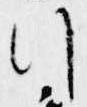
行